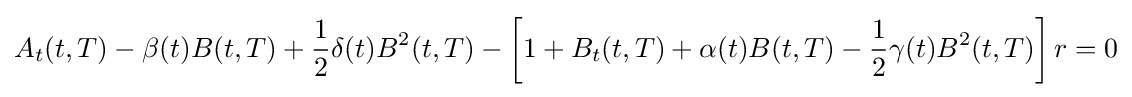
A_{t}(t,T)-\beta (t)B(t,T)+{\frac {1}{2}}\delta (t)B^{2}(t,T)-\left[1+B_{t}(t,T)+\alpha (t)B(t,T)-{\frac {1}{2}}\gamma (t)B^{2}(t,T)\right]r=0